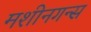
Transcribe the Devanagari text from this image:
मशीनगन्स